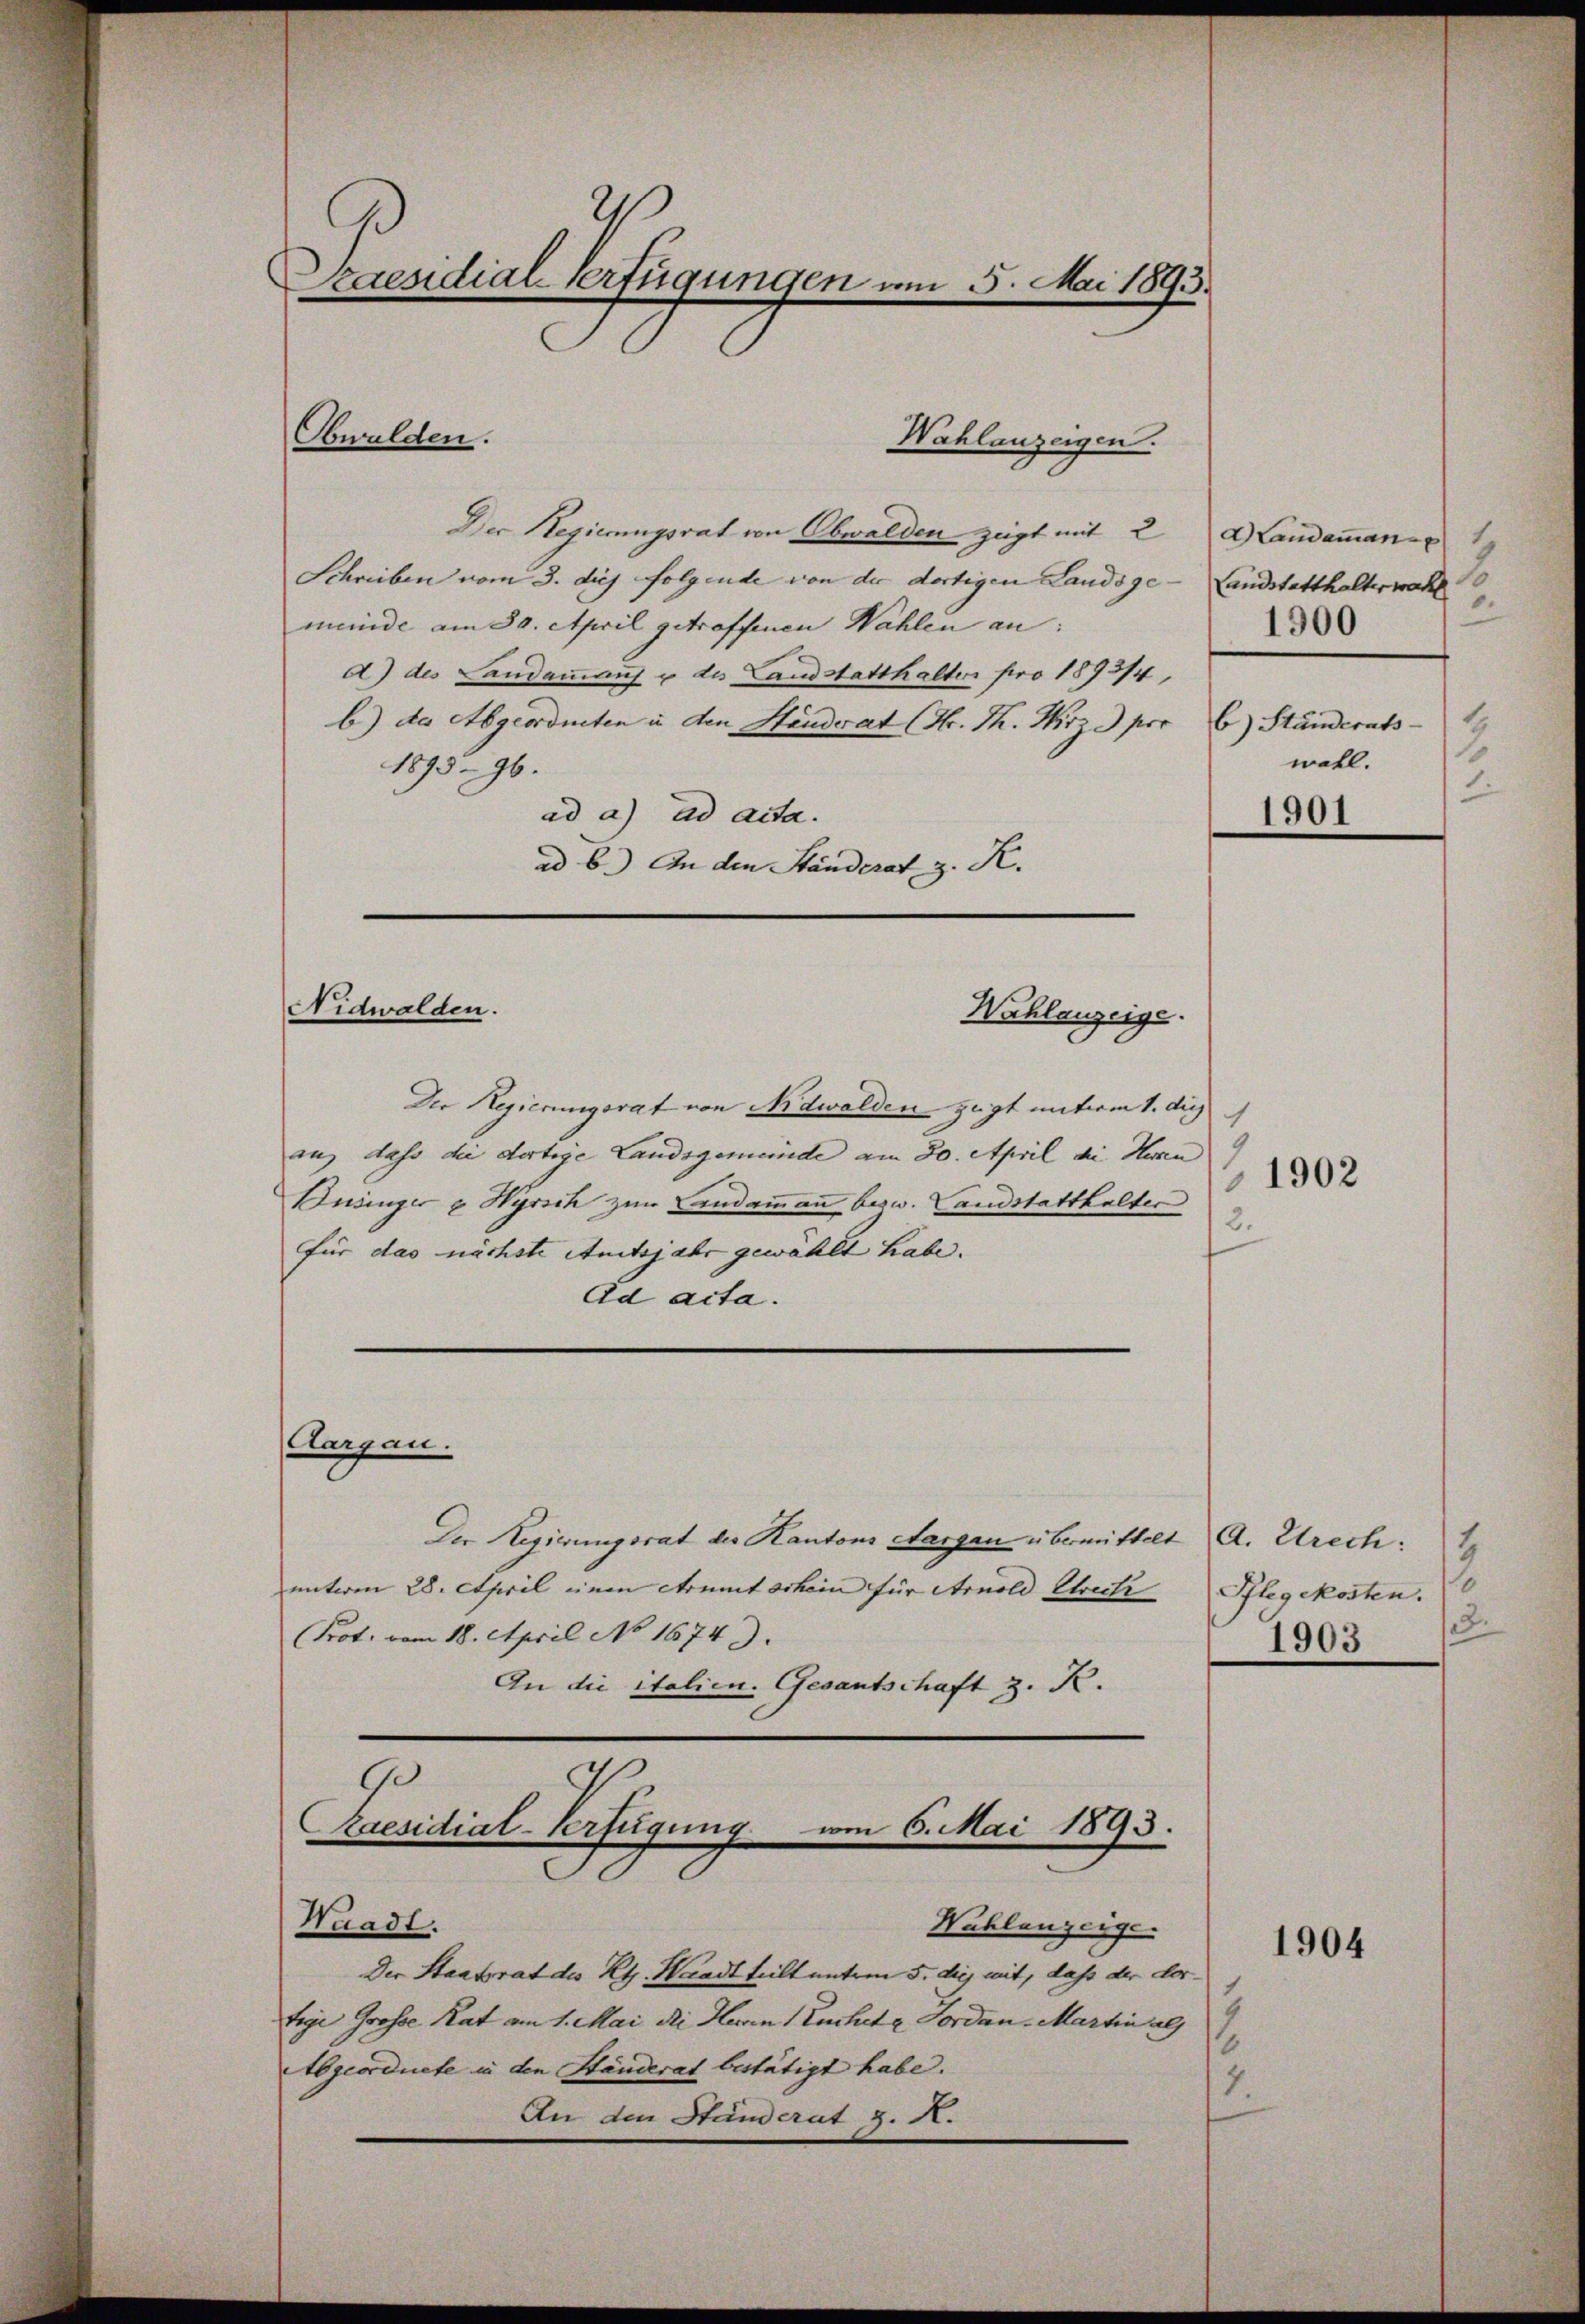
G
Praesidial-Verfügungen am 5. Mai 1893.

Obwalden.

Der Regierungsrat von Obwalden zeigt mit 2 a Landammanns 1
Schreiben vom 3. dies folgende von der dortigen Landsge-Landstatthalter wohl
meinde am 30. April getroffenen Wahlen an:
d) des Landammans u des Landstatthalten pro 1893/4,
b) da Abgeordneten in den Händerat (Hr. Th. Wirz 3 pro 6 Ständerats-
1893. 96.
ad a) ad acta.
ad b.) An den Ständerat z. R.
Nidwalden.
Wahlanzeige.
Der Regierungsrat von Nidwalden zugt unterm 1. diej
au, dass die dortige Landsgemeinde am 30. April die Han
Businger u. Hyrsch zur Landammann bezw. Landstatthalter
für das nächste Amtsjahr gewählt habe.
Ad acta.

Aargau.

Wahlanzeigen.

Der Regierungsrat der Kantons Aargau übermittelt A. Utrech
unterm 28. April einen Armut schein für Arnold Ulrich
Prot. vom 18. April No 1674).
An die italien. Gesantschaft z. K.
3
G
Raesidial-Verfügung vom 6. Mai 1893.

Wahlanzeige.

.
1900
2
wohl.
1
1901

Waadt.
Der Staatsrat des Kt. Waadt teilt unterm 5. die mit, dass der dortige Große Rat am 1. Mai die Herrn Euchete Forden. Martin als
1
Abgeordnete in den Ständerat bestätigt habe.
1
An den Standerat J. A.

1

2.

1902

1
0
Pflegekosten.
3.
1903

1904